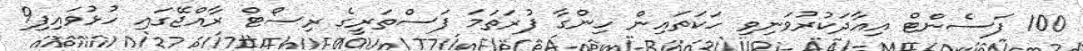
100 ފަސެންޓް އިއާދަކުރުވަނިވި ހަކަތައިން ހިންގާ ފުރަތަމަ ފަސްތަރީގެ ރިސޯޓް ރާއްޖޭގައި ހުޅުވައިފި9